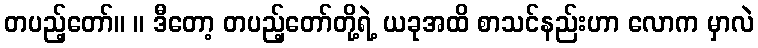
တပည့်တော်။ ။ ဒီတော့ တပည့်တော်တို့ရဲ့ ယခုအထိ စာသင်နည်းဟာ လောက မှာလဲ